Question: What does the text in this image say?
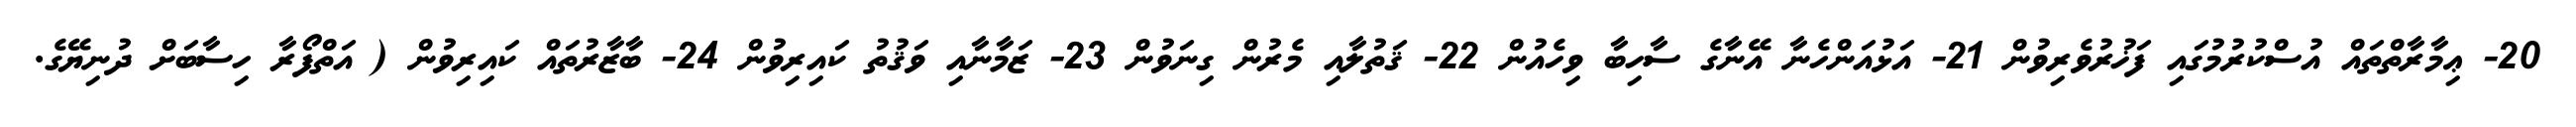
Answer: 20- ޢިމާރާތްތައް އުސްކުރުމުގައި ފަޚުރުވެރިވުން 21- އަޅުއަންހެނާ އޭނާގެ ސާހިބާ ވިހެއުން 22- ޤަތުލާއި މެރުން ގިނަވުން 23- ޒަމާނާއި ވަޤުތު ކައިރިވުން 24- ބާޒާރުތައް ކައިރިވުން ( އަތްފޯރާ ހިސާބަށް ދުނިޔޭގެ.